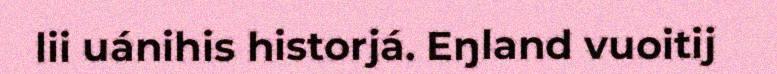
lii uánihis historjá. Eŋland vuoitij